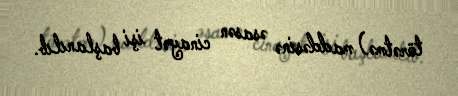
törətmə) maddəsinə əsasən cinayət işi başlanılıb.